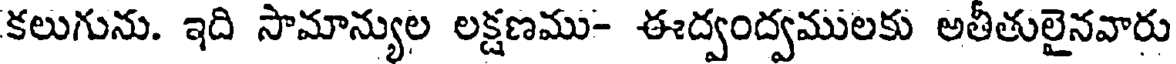
కలుగును. ఇది సామాన్యుల లక్షణము- ఈద్వంద్వములకు అతీతులైనవారు